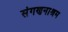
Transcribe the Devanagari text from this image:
संगणनाश्रम